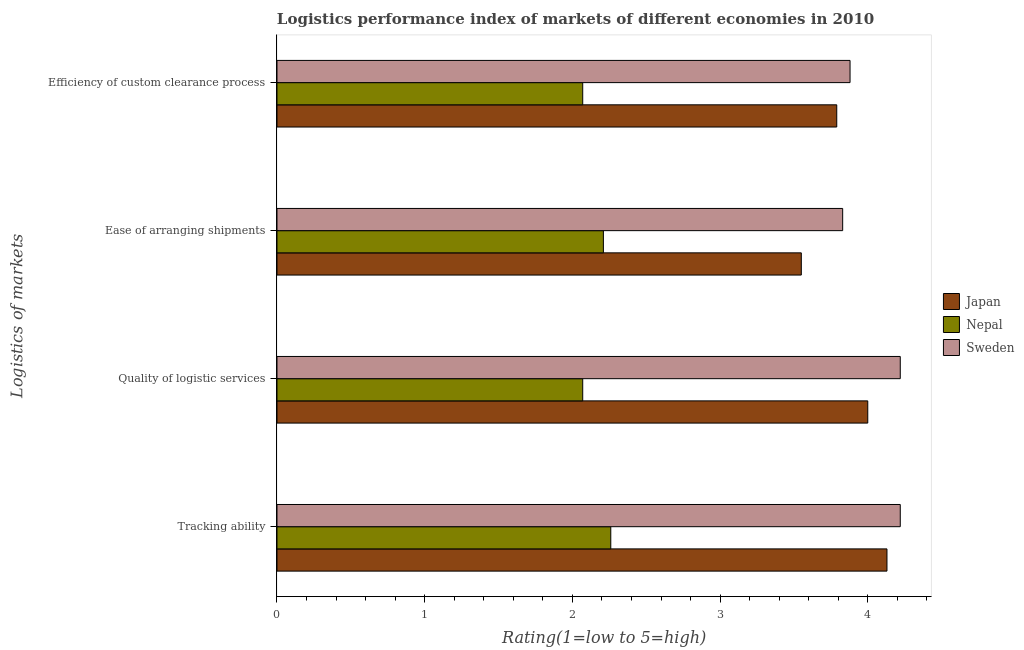
| Logistics of markets | Japan | Nepal | Sweden |
 | --- | --- | --- | --- |
 | Tracking ability | 4.13 | 2.26 | 4.22 |
 | Quality of logistic services | 4 | 2.07 | 4.22 |
 | Ease of arranging shipments | 3.55 | 2.21 | 3.83 |
 | Efficiency of custom clearance process | 3.79 | 2.07 | 3.88 |